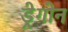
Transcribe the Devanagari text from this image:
ड्रेगोन